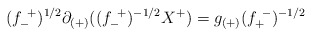
\begin{align*} (f^{~+}_{-})^{1/2} \partial_{(+)} ((f^{~+}_{-})^{-1/2} X^+) = g_{(+)} (f^{~-}_{+})^{-1/2}\end{align*}